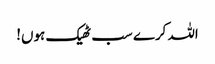
اللہ کرے سب ٹھیک ہوں!